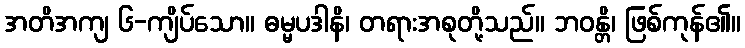
အတိအကျ ၆-ကျိပ်သော။ ဓမ္မပဒါနိ၊ တရားအစုတို့သည်။ ဘဝန္တိ၊ ဖြစ်ကုန်၏။